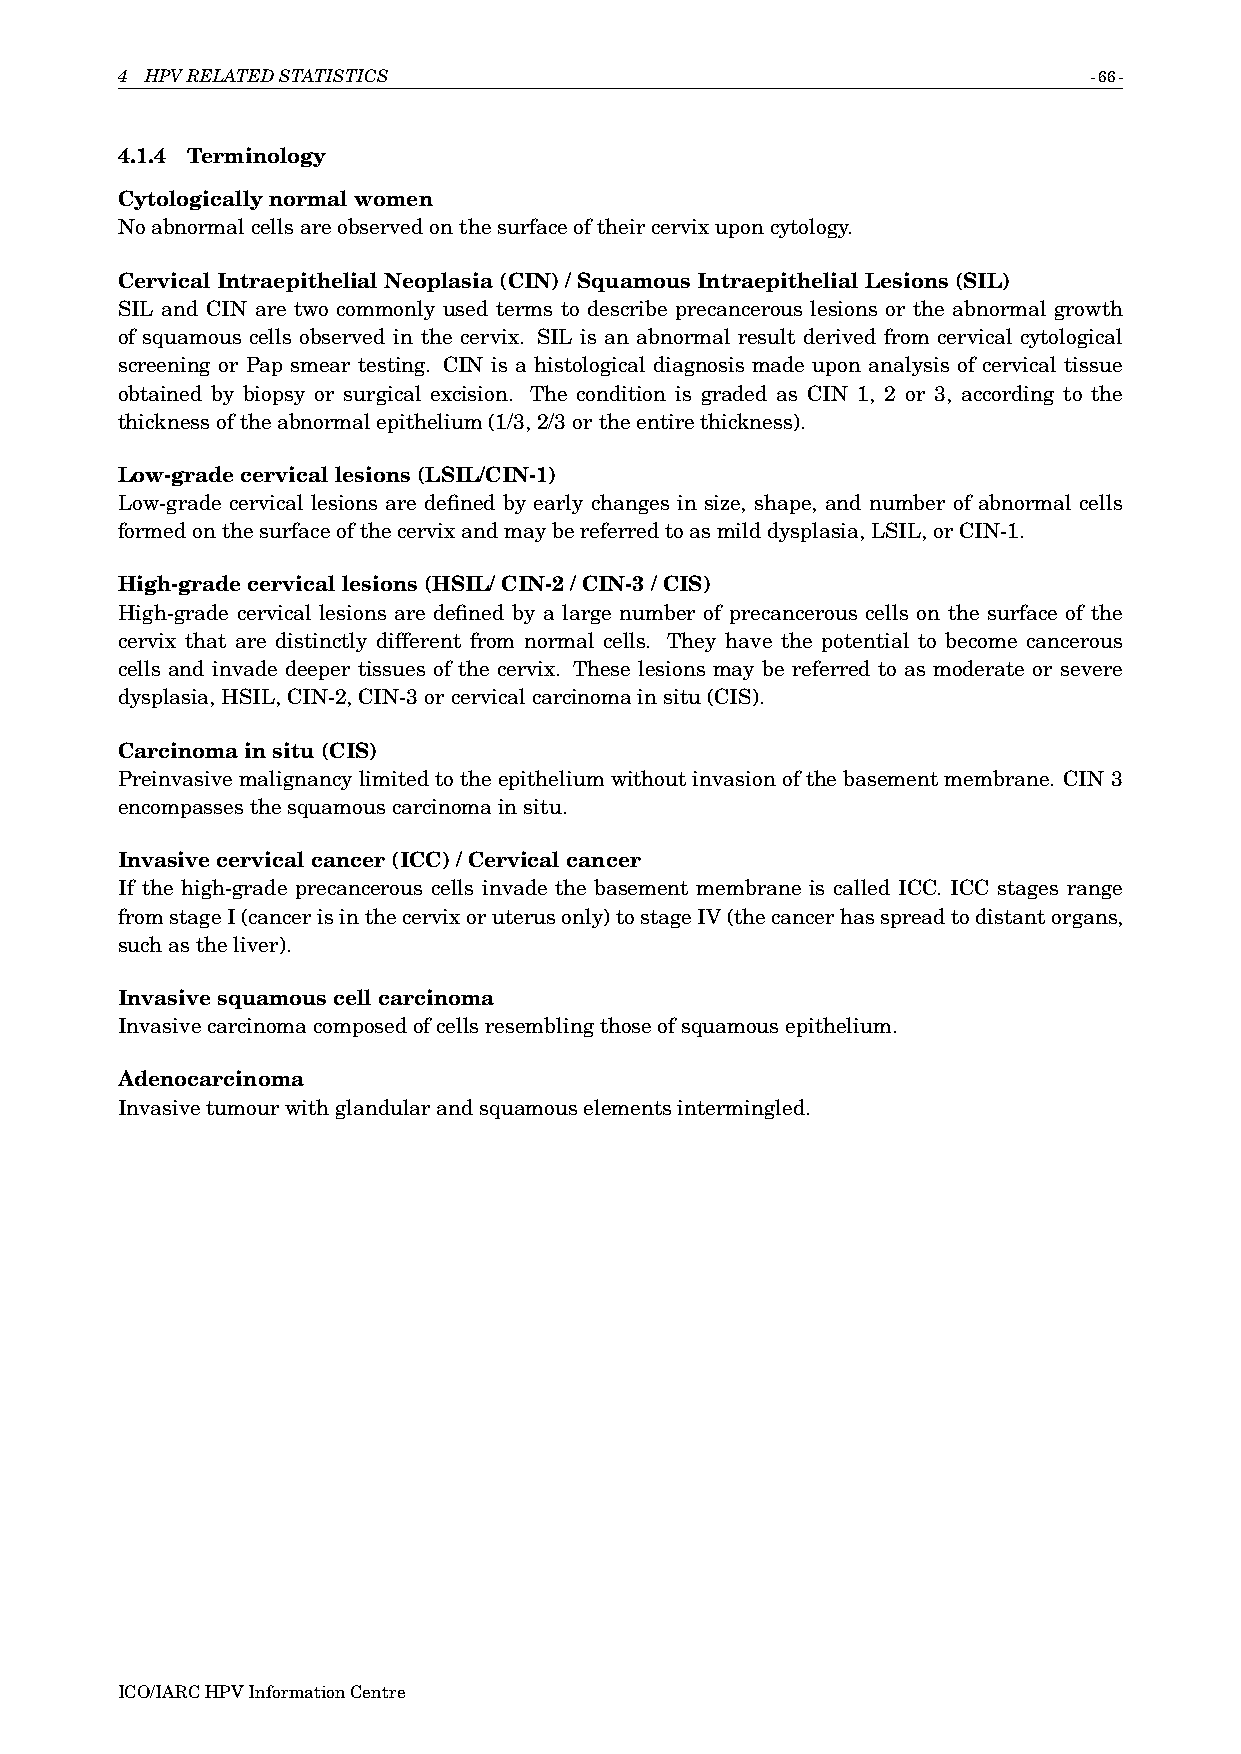
4 HPVRELATEDSTATISTICS                                          -66-
 4.1.4 Terminology
 Cytologicallynormalwomen
 Noabnormalcellsareobservedonthesurfaceoftheircervixuponcytology.
 CervicalIntraepithelialNeoplasia(CIN)/SquamousIntraepithelialLesions(SIL)
 SIL and CIN are two commonly used terms to describe precancerous lesions or the abnormal growth
 of squamous cells observed in the cervix. SIL is an abnormal result derived from cervical cytological
 screening or Pap smear testing. CIN is a histological diagnosis made upon analysis of cervical tissue
 obtained by biopsy or surgical excision. The condition is graded as CIN 1, 2 or 3, according to the
 thicknessoftheabnormalepithelium(1/3,2/3ortheentirethickness).
 Low-gradecervicallesions(LSIL/CIN-1)
 Low-grade cervical lesions are defined by early changes in size, shape, and number of abnormal cells
 formedonthesurfaceofthecervixandmaybereferredtoasmilddysplasia,LSIL,orCIN-1.
 High-gradecervicallesions(HSIL/CIN-2/CIN-3/CIS)
 High-grade cervical lesions are defined by a large number of precancerous cells on the surface of the
 cervix that are distinctly different from normal cells. They have the potential to become cancerous
 cells and invade deeper tissues of the cervix. These lesions may be referred to as moderate or severe
 dysplasia,HSIL,CIN-2,CIN-3orcervicalcarcinomainsitu(CIS).
 Carcinomainsitu(CIS)
 Preinvasive malignancy limited to the epithelium without invasion of the basement membrane. CIN 3
 encompassesthesquamouscarcinomainsitu.
 Invasivecervicalcancer(ICC)/Cervicalcancer
 If the high-grade precancerous cells invade the basement membrane is called ICC. ICC stages range
 fromstageI(cancerisinthecervixoruterusonly)tostageIV(thecancerhasspreadtodistantorgans,
 suchastheliver).
 Invasivesquamouscellcarcinoma
 Invasivecarcinomacomposedofcellsresemblingthoseofsquamousepithelium.
 Adenocarcinoma
 Invasivetumourwithglandularandsquamouselementsintermingled.
 ICO/IARCHPVInformationCentre